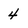
Character: 4